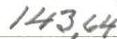
143,64